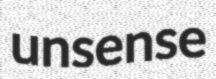
unsense